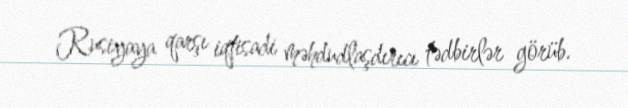
Rusiyaya qarşı iqtisadi məhdudlaşdırıcı tədbirlər görüb.